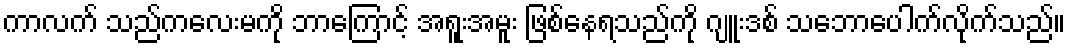
ကာလက် သည်ကလေးမကို ဘာကြောင့် အရူးအမူး ဖြစ်နေရသည်ကို ဂျူးဒစ် သဘောပေါက်လိုက်သည်။